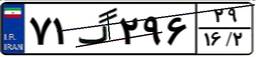
۴۳گ۴۲۳۱۴